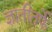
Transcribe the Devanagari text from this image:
ज्ञातीतर्फे